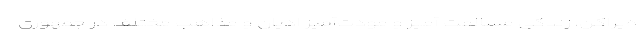
ه‌پراکن، زندگی مسالمت آمیز و مودّت‌آمیز ادیان و مذاهب مختلف در جمهوری